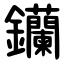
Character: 钄